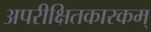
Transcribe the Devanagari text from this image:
अपरीक्षितकारकम्